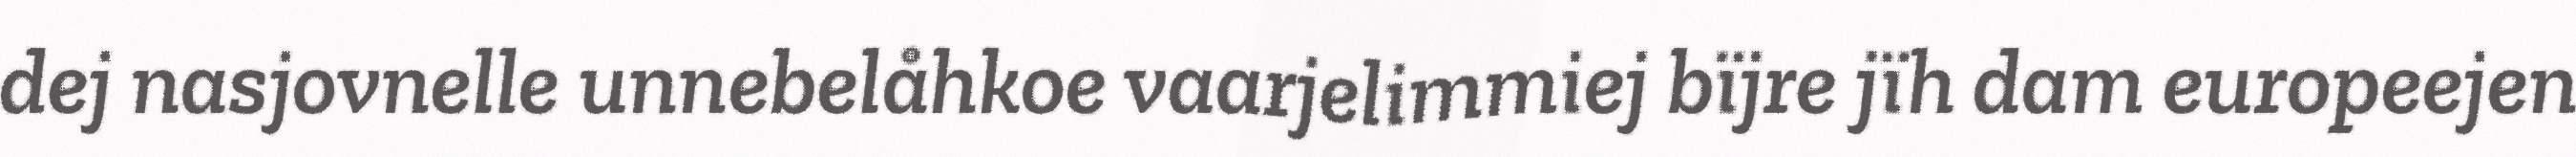
dej nasjovnelle unnebelåhkoe vaarjelimmiej bïjre jïh dam europeejen